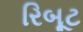
રિબૂટ